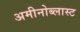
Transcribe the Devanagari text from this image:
अमीनोब्लास्ट